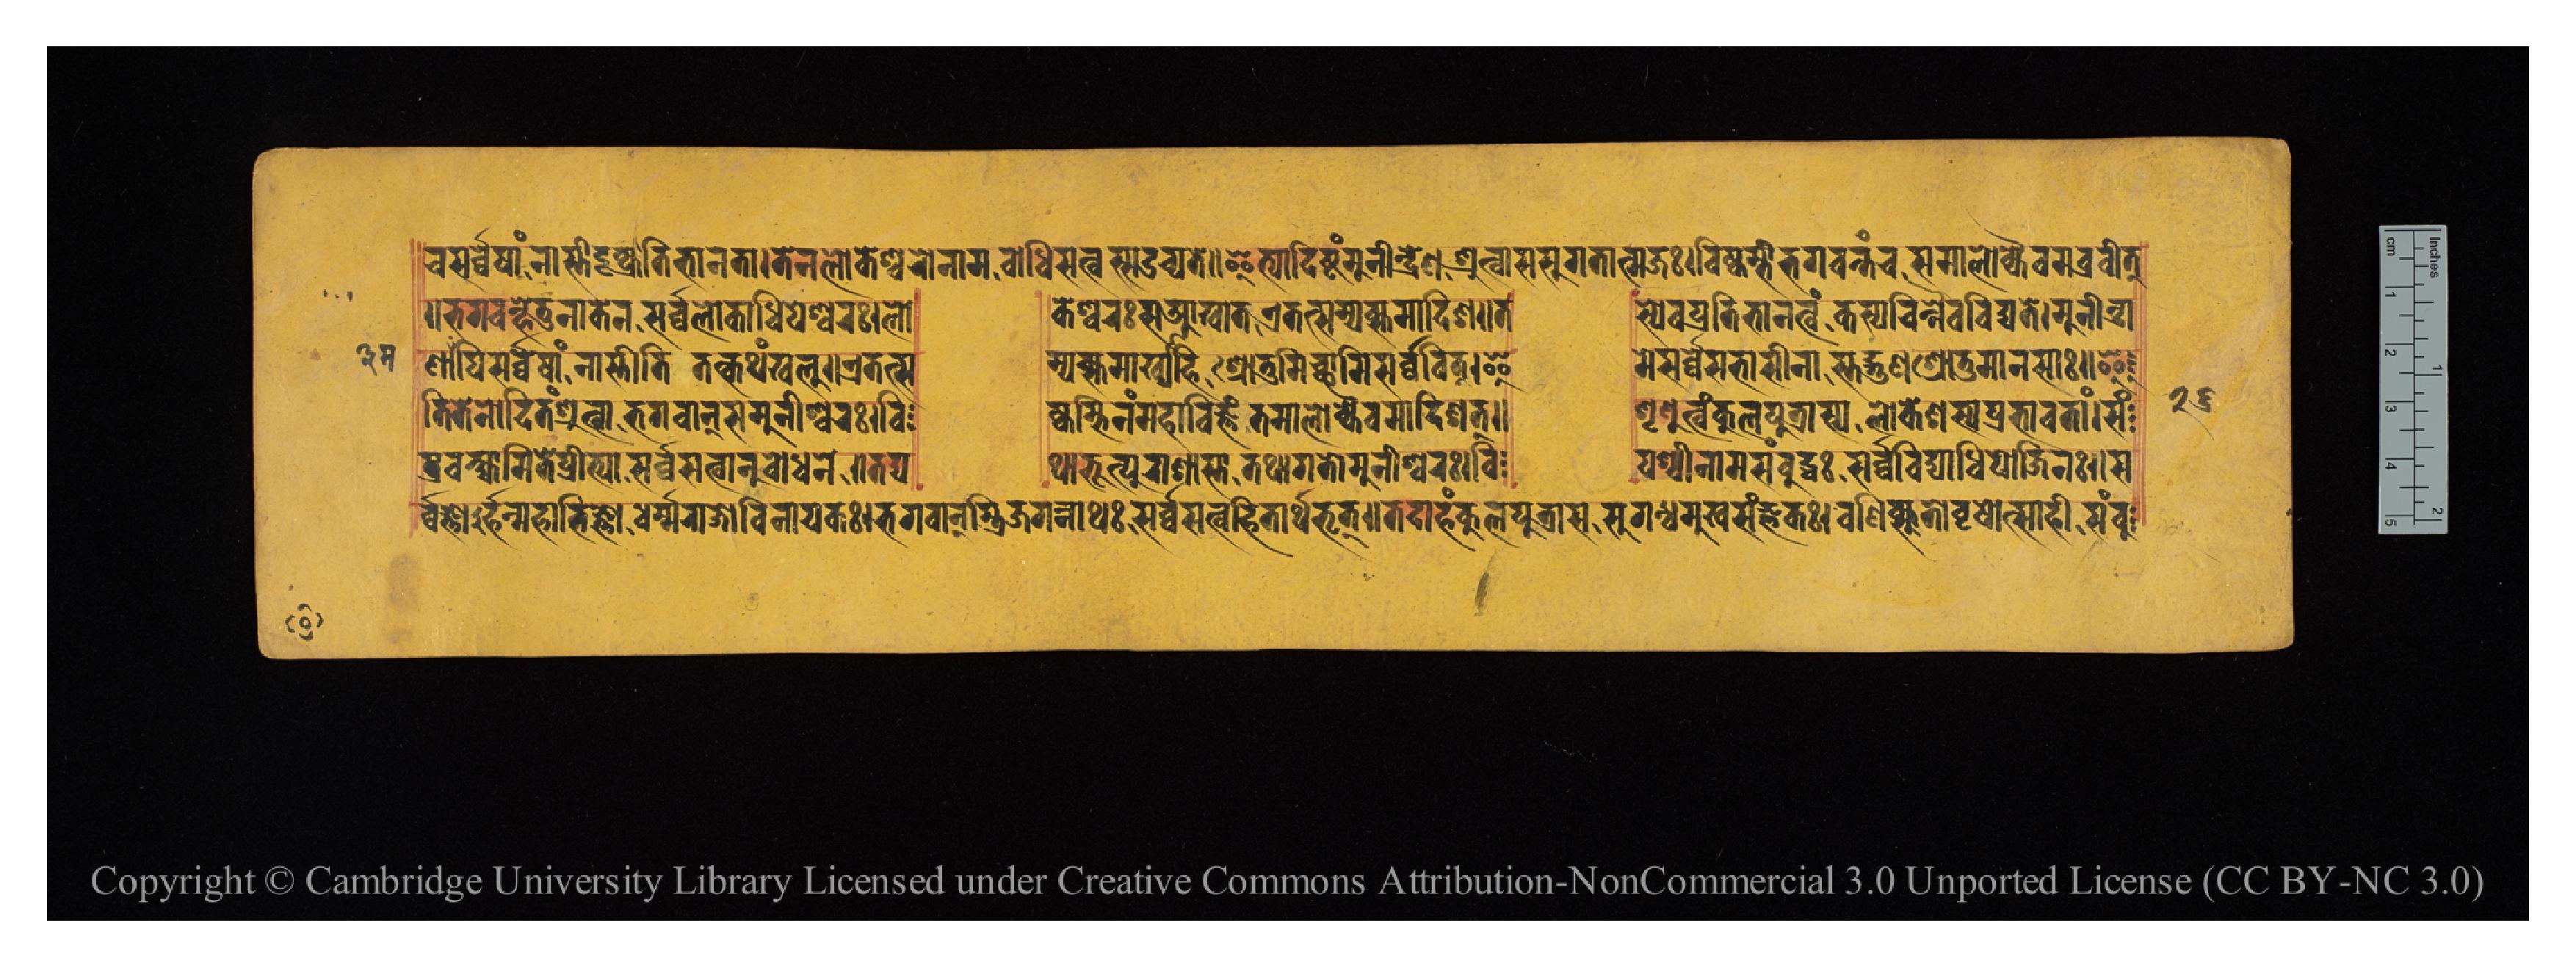
𑐔𑐳𑐬𑑂𑐰𑑂𑐰𑐾𑐲𑐵𑑄𑐣𑐵𑐳𑑂𑐟𑐷𑐡𑐺𑐐𑑂𑐡𑑂𑐬𑐸𑐟𑐶𑐨𑐵𑐣𑐟𑐵𑑋𑐟𑐾𑐣𑐮𑑀𑐎𑐾𑐱𑑂𑐰𑐬𑑀𑐣𑐵𑐩𑐧𑑀𑐢𑐶𑐳𑐟𑑂𑐰𑐳𑑂𑐳𑑁𑐔𑑂𑐫𑐟𑐾𑑌𑐂𑐟𑑂𑐫𑐵𑐡𑐶𑐲𑑂𑐚𑑄𑐩𑐸𑐣𑐷𑐣𑑂𑐡𑑂𑐬𑐾𑐞𑐱𑑂𑐬𑐸𑐟𑑂𑐰𑐵𑐳𑐳𑐸𑐐𑐟𑐵𑐟𑑂𑐩𑐖𑑅𑑋𑐰𑐶𑐲𑑂𑐎𑐩𑑂𑐨𑐷𑐨𑐐𑐰𑐣𑑂𑐟𑐘𑑂𑐔𑐳𑐩𑐵𑐮𑑀𑐎𑑂𑐫𑐿𑐰𑐩𑐧𑑂𑐬𑐰𑐷𑐟𑑂 𑑌𑐨𑐐𑐰𑐣𑑂𑐴𑐾𑐟𑐸𑐣𑐵𑐎𑐾𑐣𑐳𑐬𑑂𑐰𑑂𑐰𑐮𑑀𑐎𑐵𑐢𑐶𑐥𑐾𑐱𑑂𑐰𑐬𑑅𑑋𑐮𑑀  𑐎𑐾𑐱𑑂𑐰𑐬𑑅𑐳𑐁𑐏𑑂𑐫𑐵𑐟𑐊𑐟𑐟𑑂𑐳𑐩𑑂𑐫𑐎𑑂𑐳𑐩𑐵𑐡𑐶𑐱𑑌𑐟  𑐳𑑂𑐫𑐾𑐰𑐥𑑂𑐬𑐟𑐶𑐨𑐵𑐳𑐟𑑂𑐰𑑄𑐎𑐳𑑂𑐫𑐔𑐶𑐣𑑂𑐣𑐿𑐰𑐰𑐶𑐡𑑂𑐫𑐟𑐾𑑋𑐩𑐸𑐣𑐷𑐣𑑂𑐡𑑂𑐬𑐵 𑐟𑐶𑐟𑐾𑐣𑑀𑐡𑐶𑐟𑑄𑐱𑑂𑐬𑐸𑐟𑑂𑐰𑐵𑐨𑐐𑐰𑐵𑐣𑑂𑐳𑐩𑐸𑐣𑐷𑐱𑑂𑐰𑐬𑑅𑑋𑐰𑐶  𑐲𑑂𑐎𑐩𑑂𑐨𑐶𑐣𑑄𑐩𑐴𑐵𑐰𑐶𑐖𑑂𑐘𑑄𑐟𑐩𑐵𑐮𑑀𑐎𑑂𑐫𑐿𑐰𑐩𑐵𑐡𑐶𑐱𑐟𑑂𑑌  𑐱𑐺𑐞𑐸𑐟𑑂𑐰𑑄𑐎𑐸𑐮𑐥𑐸𑐟𑑂𑐬𑐵𑐳𑑂𑐫𑐮𑑀𑐎𑐾𑐱𑐳𑑂𑐫𑐥𑑂𑐬𑐨𑐵𑐰𑐟𑐵𑑄𑑋𑐳𑑄 𑐞𑐵𑐥𑐶𑐳𑐬𑑂𑐰𑑂𑐰𑐾𑐲𑐵𑑄𑐣𑐵𑐳𑑂𑐟𑐷𑐟𑐶𑐟𑐟𑑂𑐎𑐠𑑄𑐏𑐮𑐸𑑌𑐊𑐟𑐟𑑂𑐳  𑐩𑑂𑐫𑐎𑑂𑐳𑐩𑐵𑐏𑑂𑐫𑐵𑐴𑐶𑐱𑑂𑐬𑑀𑐟𑐸𑐩𑐶𑐔𑑂𑐕𑐵𑐩𑐶𑐳𑐬𑑂𑐰𑑂𑐰𑐰𑐶𑐟𑑂𑑋𑐂  𑐩𑐾𑐳𑐬𑑂𑐰𑑂𑐰𑐾𑐳𑐨𑐵𑐳𑐷𑐣𑐵𑐳𑑂𑐟𑐡𑑂𑐐𑐸𑐞𑐱𑑂𑐬𑑀𑐟𑐸𑐩𑐵𑐣𑐳𑐵𑑅𑑋𑐂 𑐬𑑂𑐰𑑂𑐰𑐖𑑂𑐘𑑀𑐬𑑂𑐴𑐣𑑂𑐩𑐴𑐵𑐨𑐶𑐖𑑂𑐘𑑀𑐢𑐬𑑂𑐩𑑂𑐩𑐬𑐵𑐖𑑀𑐰𑐶𑐣𑐵𑐫𑐎𑑅𑑋𑐨𑐐𑐰𑐵𑑄𑐫𑐶𑐖𑐐𑐣𑑂𑐣𑐵𑐠𑑅𑐳𑐬𑑂𑐰𑑂𑐰𑐳𑐟𑑂𑐰𑐴𑐶𑐟𑐵𑐬𑑂𑐠𑐨𑐺𑐟𑑂𑑌𑐟𑐡𑐵𑐴𑑄𑐎𑐸𑐮𑐥𑐸𑐟𑑂𑐬𑐵𑐳𑐩𑑂𑐳𑐸𑐐𑐣𑑂𑐢𑐳𑐸𑐏𑐳𑐘𑑂𑐖𑑂𑐘𑐎𑑅𑑋𑐰𑐞𑐶𑐎𑑂𑐳𑐸𑐟𑑀𑐰𑐺𑐲𑑀𑐟𑑂𑐳𑐵𑐴𑐷𑐳𑑄𑐧𑐸 𑐥𑑂𑐬𑐰𑐎𑑂𑐲𑑂𑐫𑐵𑐩𑐶𑐟𑐾𑐥𑑂𑐬𑐷𑐟𑑂𑐫𑐵𑐳𑐬𑑂𑐰𑑂𑐰𑐳𑐟𑑂𑐰𑐵𑐣𑐸𑐧𑑀𑐢𑐣𑐾𑑌𑐟𑐡𑑂𑐫  𑐫𑐵𑐨𑐹𑐟𑑂𑐥𑐸𑐬𑐵𑐱𑐵𑐳𑑂𑐟𑐵𑐟𑐠𑐵𑐐𑐟𑑀𑐩𑐸𑐣𑐷𑐱𑑂𑐰𑐬𑑅𑑋𑐰𑐶  𑐥𑐱𑑂𑐫𑐷𑐣𑐵𑐩𑐳𑑄𑐧𑐸𑐡𑑂𑐢𑑅𑐳𑐬𑑂𑐰𑑂𑐰𑐰𑐶𑐡𑑂𑐫𑐵𑐢𑐶𑐥𑑀𑐖𑐶𑐣𑑅𑑌𑐳 𑑒𑑖